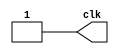
module CLK(output reg clk);

integer i;
initial begin
    clk = 1;
    for(i=0;i<100;i=i+1) 
         #100 clk = ~clk;
end
endmodule